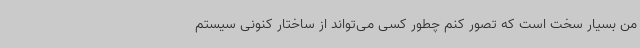
من بسیار سخت است که تصور کنم چطور کسی می‌تواند از ساختار کنونی سیستم